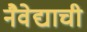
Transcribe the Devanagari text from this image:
नैवेद्याची